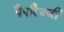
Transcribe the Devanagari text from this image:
पैपारैज्जी